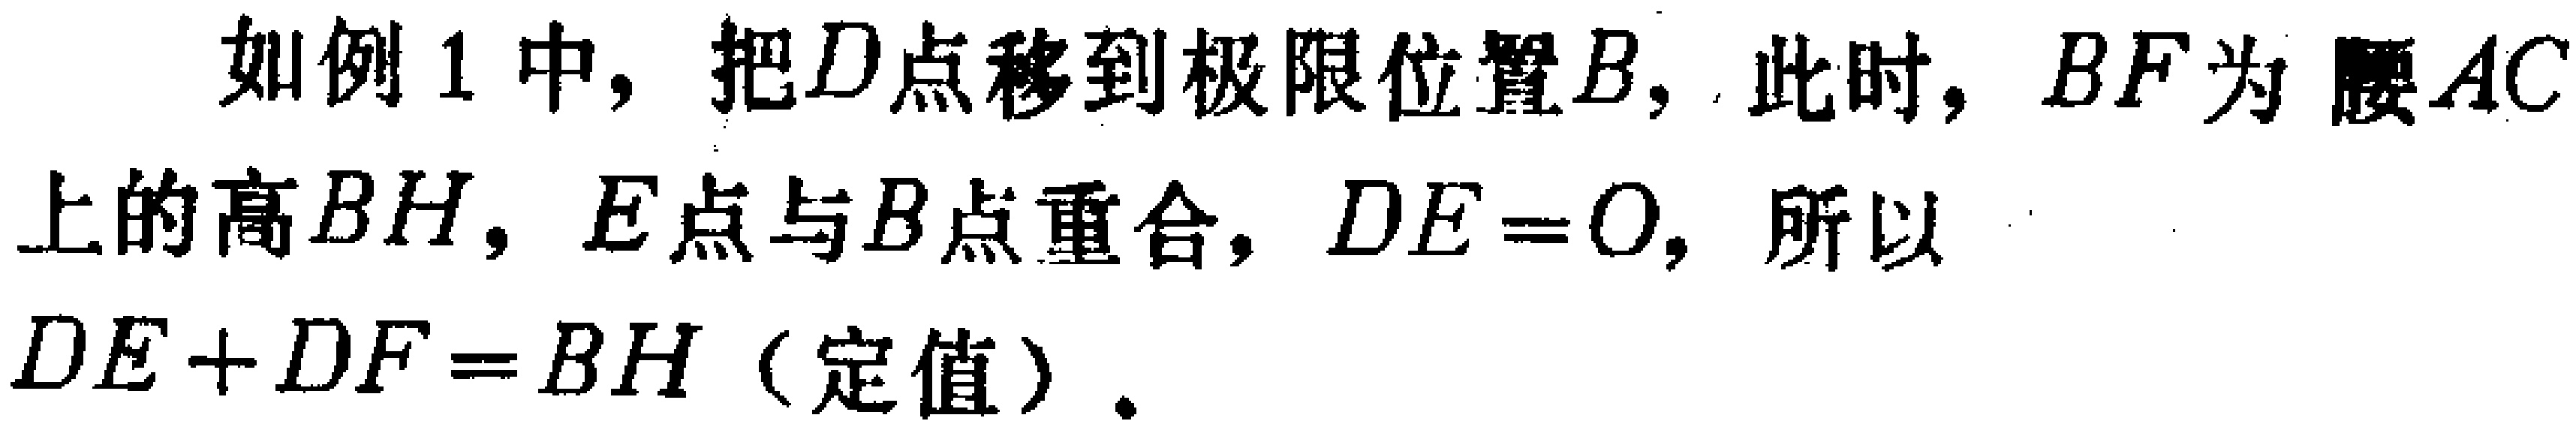
如例1中，把\(D\)点移到极限位置\(B\)，此时，\(BF\)为腰\(AC\)上的高\(BH\)，\(E\)点与\(B\)点重合，\(DE = 0\)，所以\(DE + DF = BH\)（定值）.